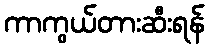
ကာကွယ်တားဆီးရန်